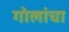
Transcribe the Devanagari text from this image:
गोलांचा